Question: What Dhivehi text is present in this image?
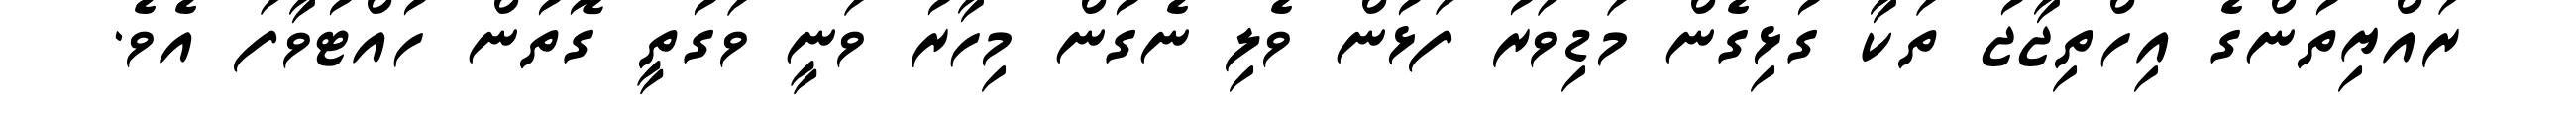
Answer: ރައްޔިތުންގެ އިހްތިޖާޖު ތަކާ ގުޅިގެން މަޑިވަރު ފަޅުން ވެލި ނެގުން މިހާރު ވަނީ ވަގުތީ ގޮތުން ހުއްޓުވާފަ އެވެ.